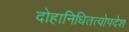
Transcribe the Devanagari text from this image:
दोहानिधितत्वोपदेश